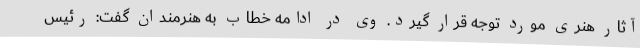
آثار هنری مورد توجه قرار گیرد. وی در ادامه خطاب به هنرمندان گفت: رئیس